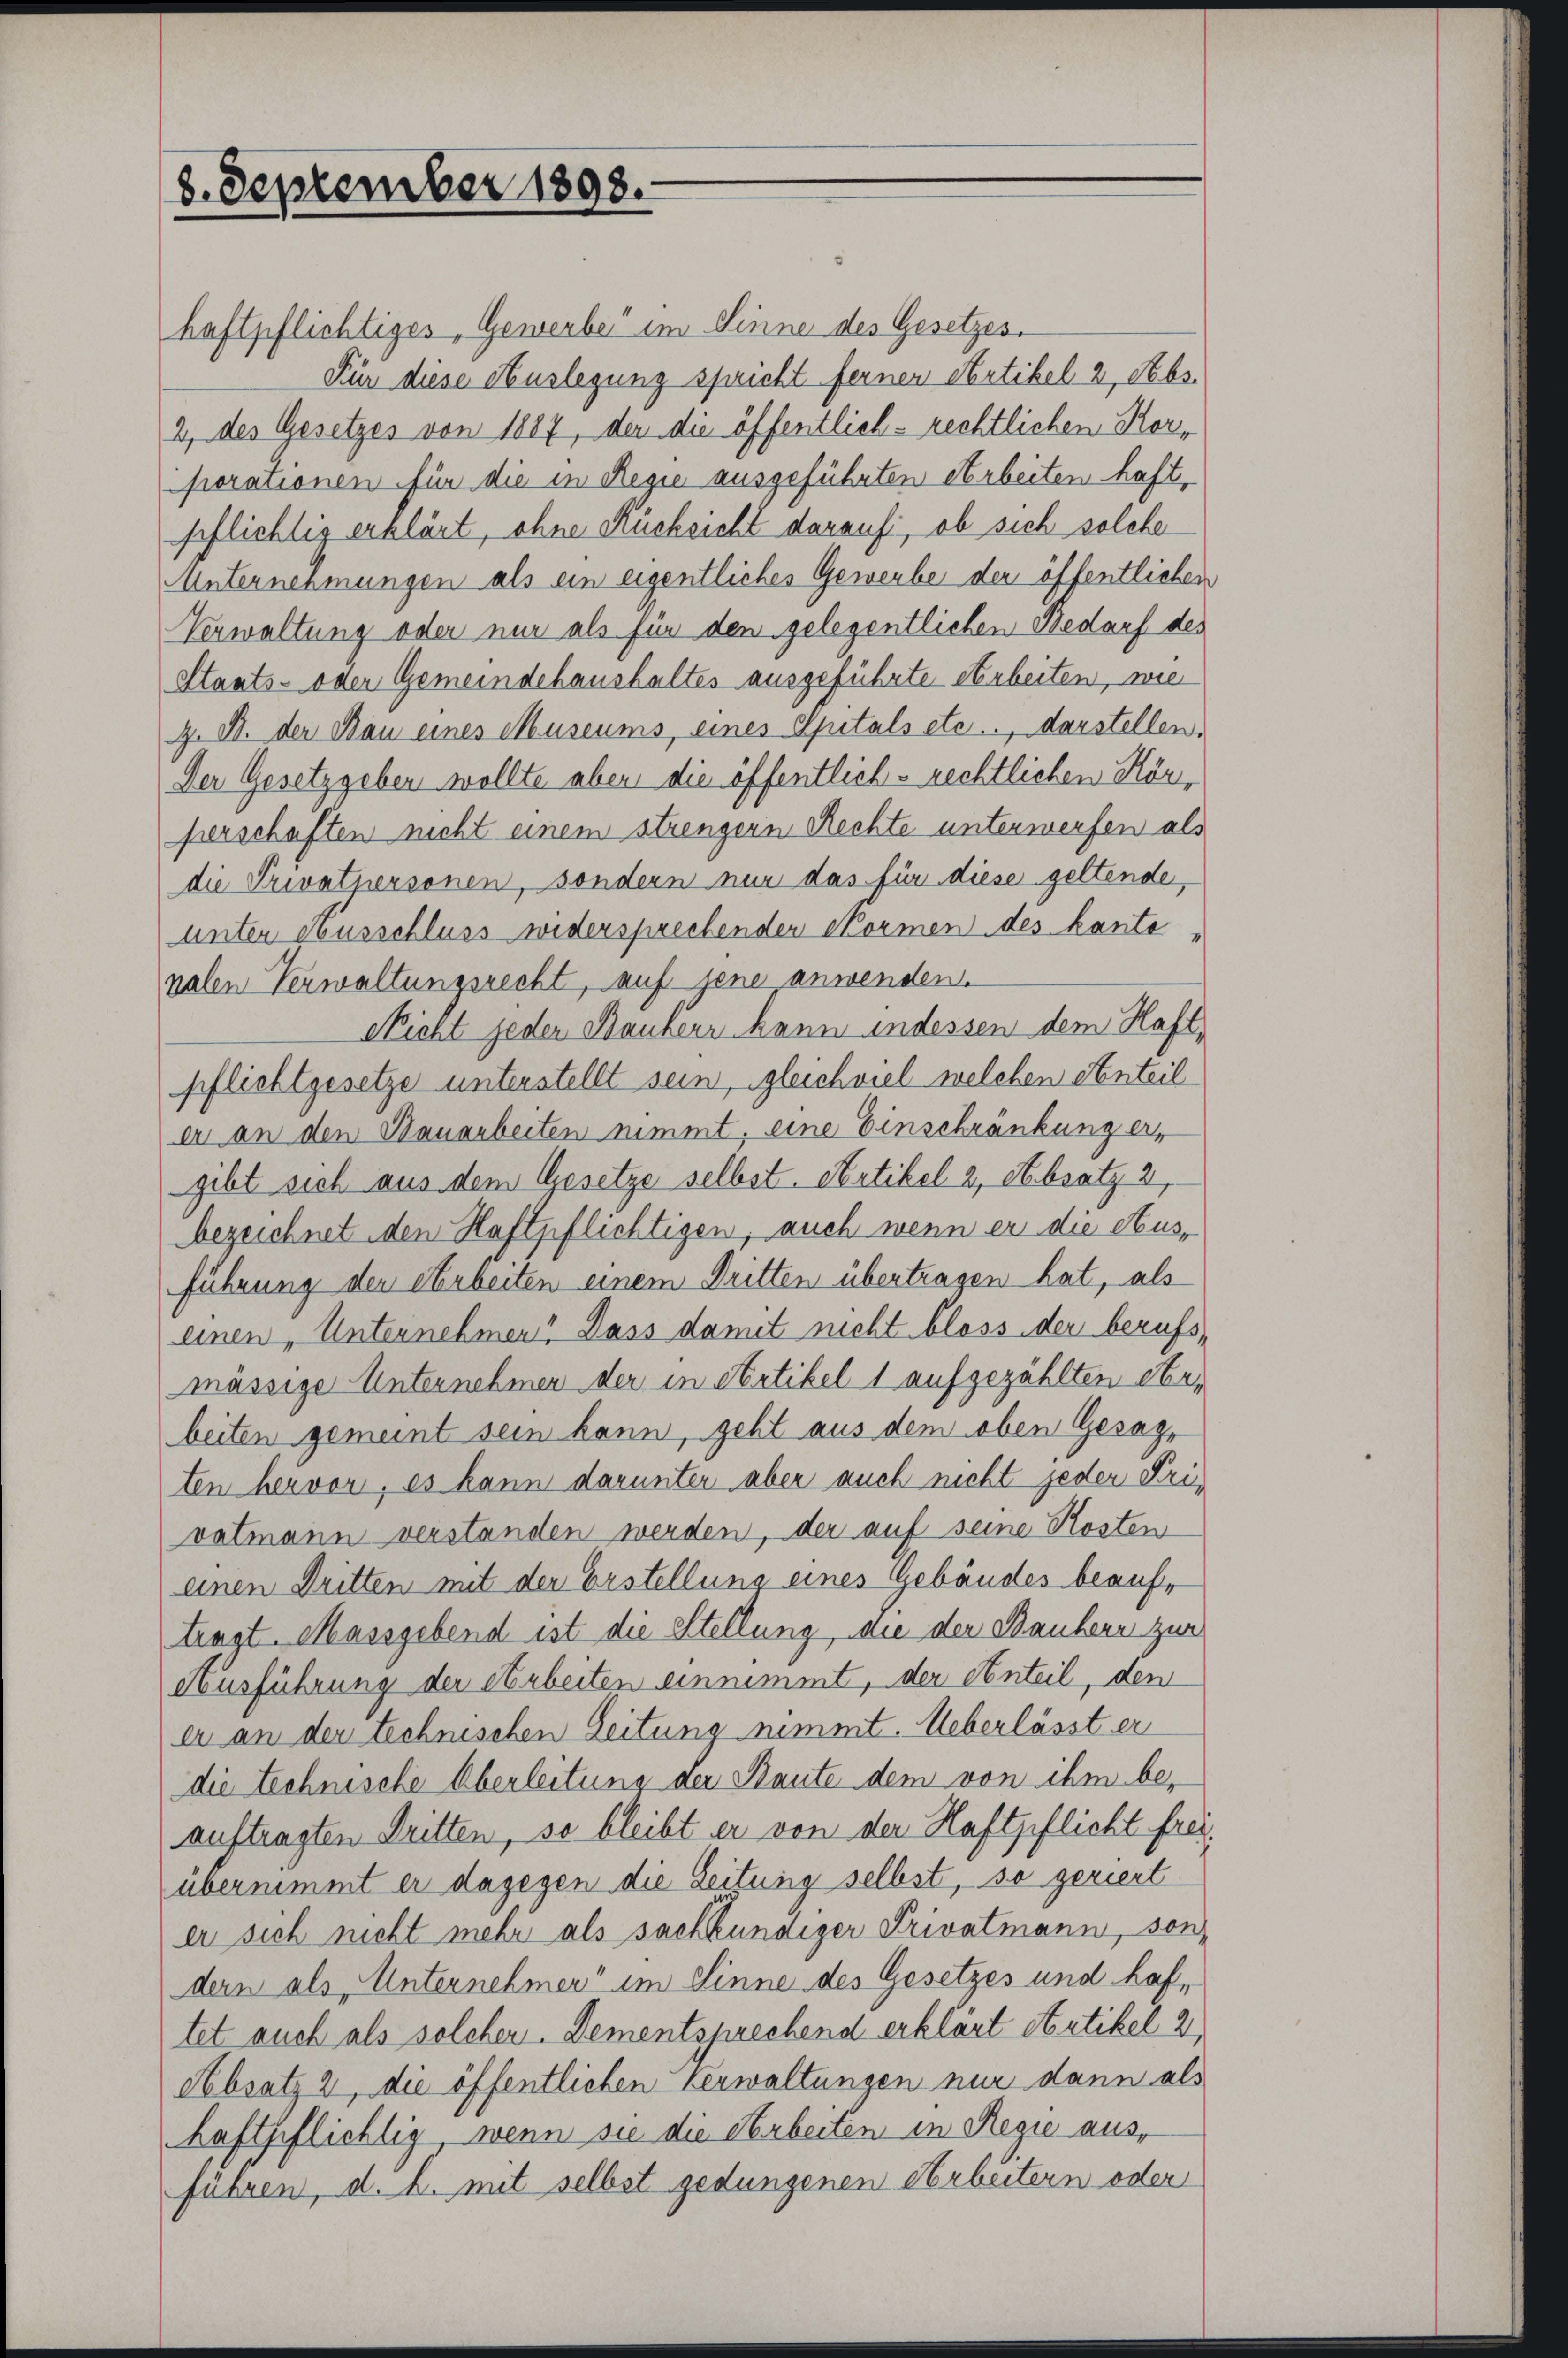
8. September 1898.

haftpflichtiges Gewerbe im Sinne des Gesetzes.
Für diese Auslegung spricht fernen Artikel 2, Sebs¬
2, des Gesetzes von 1887, der die öffentlich-rechtlichen Korporationen für die in Regie ausgeführten Arbeiten haft,
pflichtig erklärt, ohne Rücksicht darauf, ob sich solche
Unternehmungen als ein eigentliches Gewerbe der öffentlichen
Verwaltung oder nur als für den gelegentlichen Bedarf des
Staats- oder Gemeindehaushaltes ausgeführte Arbeiten, wie
z. B. der Bau eines Museums, eines Spitals etc.., darstellen,
Der Gesetzgeben wollte aber die öffentlich-rechtlichen Hörherschaften nicht einem strengern Rechte unterwerfen als
die Privatpersonen, sondern nur das für diese geltende,
unter Ausschluss widersprechender Normen des kante,
nalen Verwaltungsrecht, auf jene anwenden.
Richt jeder Bauker kann indessen dem Haft
pflichtgesetze unterstellt sein, gleichviel welchen Anteil
er an den Bauarbeiten nimmt, eine Einschränkung ergibt sich aus dem Gesetze selbst. Artikel 2, Absatz 2,
bezeichnet den Haftpflichtigen, auch wenn er die Aus-
führung der Arbeiten einem Dritten übertragen hat, als
einen „Unternehmen. Dass damit nicht bloss der berufsmässige Unternehmen der in Artikel 1 aufgezählten Obebeiten gemeint sein kann, geht aus dem oben Gesagten hervor, es kann darunter aber auch nicht jeder Privatmann verstanden werden, der auf seine Kosten
einen Dritten mit der Erstellung eines Gebäudes beauftragt. Massgebend ist die Stellung, die der Bauherr zur
Ausführung der Arbeiten einnimmt, der Anteil, den
er an der technischen Zeitung nimmt. Ueberlässt er
die technische Überleitung der Baute dem von ihm be-
auftragten Dritten, so bleibt er von der Haftpflicht frei
übernimmt er dagegen die Zeitung selbst, so geriert
er sich nicht mehr als sachkundiger Privatmann, son-
dern als Unternehmer“ im Sinne des Gesetzes und haftet auch als solchen. Dementsprechend erklärt stetikel 2,
Absatz 2, die öffentlichen Verwaltungen nur dann als
haftpflichtig, wenn sie die Arbeiten in Regie ausführen, d. h. mit selbst gedungenen Arbeitern oder